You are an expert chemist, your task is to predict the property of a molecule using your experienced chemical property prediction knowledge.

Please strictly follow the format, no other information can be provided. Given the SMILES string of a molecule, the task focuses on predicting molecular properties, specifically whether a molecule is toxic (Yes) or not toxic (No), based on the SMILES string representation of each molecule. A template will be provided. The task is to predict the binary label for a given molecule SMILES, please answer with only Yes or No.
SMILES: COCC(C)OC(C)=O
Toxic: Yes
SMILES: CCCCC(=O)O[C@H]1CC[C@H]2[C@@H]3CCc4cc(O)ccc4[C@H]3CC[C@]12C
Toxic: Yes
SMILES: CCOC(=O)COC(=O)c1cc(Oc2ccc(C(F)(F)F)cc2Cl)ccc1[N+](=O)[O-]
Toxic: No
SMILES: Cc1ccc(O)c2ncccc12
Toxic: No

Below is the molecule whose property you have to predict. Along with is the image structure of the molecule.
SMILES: O=C(Nc1ccc(Cl)cc1)Nc1ccc(Cl)c(Cl)c1
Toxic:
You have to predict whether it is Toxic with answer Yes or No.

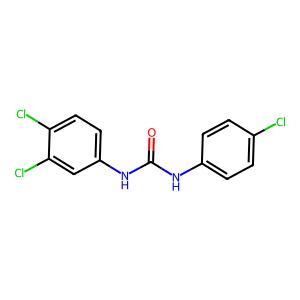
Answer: No